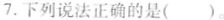
7.下列说法正确的是( )。